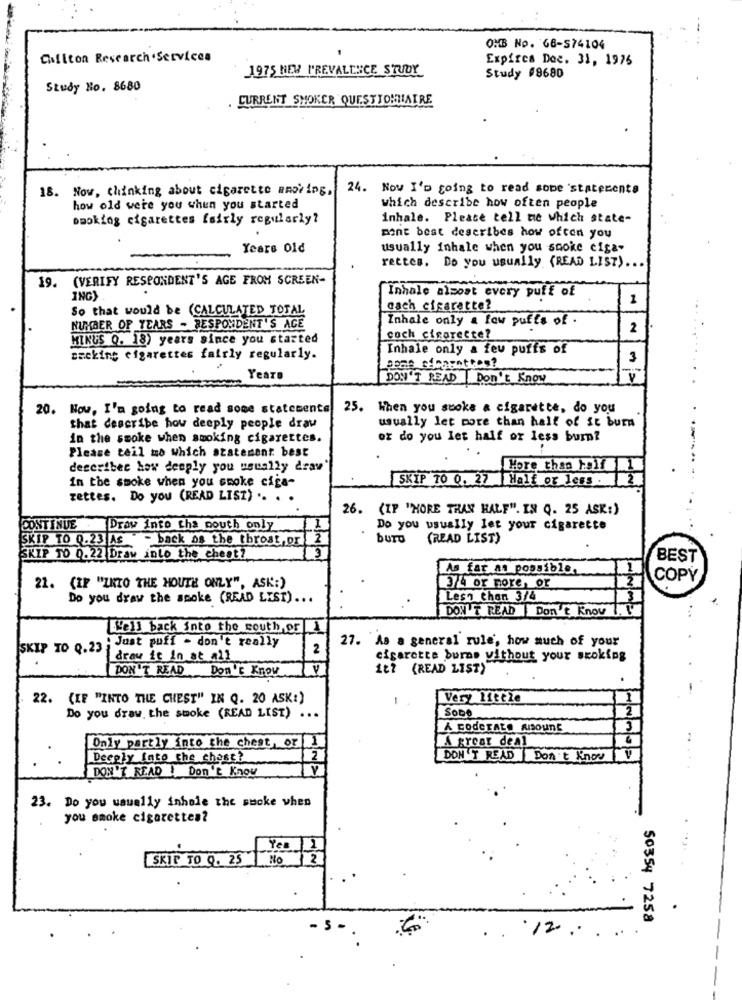
OMB No. 68-574104
Chilton Research.Services
Expires Dec. 31, 1976
1975 NEW PREVALENCE STUDY
Study #9680
Study No. 8680
. CURRENT SHOKER QUESTIONNAIRE
18. Now, thinking about cigarette mmoving,
24. Now I'm going to read some 'statecents
how old were you when you started
which describe how often people
booking cigarettes fairly regularly?
inhale. Please tell me which state-
mont best describes how often you
Years Old
usually inhale when you sooke eiga-
rettes. Do you usually (READ LIST) ...
19. (VERIFY RESPONDENT'S AGE FROM SCREEN-
ING
Inhale almost every puff of
1
So that would be (CALCULATED TOTAL
cach cigarette?
NUMBER OF TEARS - RESPONDENT'S ACE
Inhale only a few puffs of .
2
MINUS Q. 18) years since you started
eoch cigaretter
Inhale only a few puffs of
Backing cigarettes fairly regularly.
3
Year
DON'T READ | Don't Know
20. Now, I'm going to read some statements
25. When you suoke a cigarette, do you
that describe how deeply people draw
usually let more than half of st burn
in the smoke when smoking cigarettes.
or do you let half or less burp?
Please teil mo which statement best
----
describes how deeply you usually draw
Hore thas bolf
SKIP 70 0. 27 Halt or less .
in the smoke when you smoke ciga-
zettes. Do you (READ LISZ) .. . .
26. (IP "MORE THAN HALF". IN Q. 25 ASK:)
CONTINUE
Draw into the mouth only
Do you usually let your cigarette
SKIP TO 0.23 As - back as the throat, or 2
burg
(READ LIST)
SKIP TO 0.22 Draw into the cheat ?.
13
BEST
As far As possible.
COPY
22. (IF "INTO THE HOUTH ONLY", ASK:)
3/4 or more, or
Do you draw the smoke (READ LIST) ...
Less than 3/4
DON T READ |Don't Know 7. 1
Well back into the south,or
:Just puff - don't really
27. As a general rule, how much of your
SKIP TO Q.23
2
draw it in at all
cigarette burns without your skokiog
DON'T READ
Don't Know
187 (READ LIST)
22. (IF "INTO THE CHEST" IN Q. 20 ASK:)
Very littŽe
SODO
2
Do you draw the smoke (READ LIST) ...
A codeTALE RISOUNE
Only partly into the chest, or 1
A great deal
Deeply Into the chest?
2
DON'T READ Don't Know V
DON'T READ ! Don't Know
23. Do you usually inhole the sacke when
you smoke cigarettes?
Yes
SKIP TO Q. 25
No
50354 7258
5
12 .